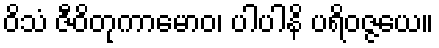
ဝိသံ ဇီဝိတုကာမောဝ၊ ပါပါနိ ပရိဝဇ္ဇယေ။